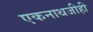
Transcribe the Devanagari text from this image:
एकनाथजीही